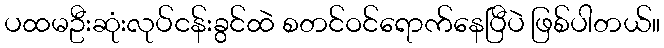
ပထမဦးဆုံးလုပ်ငန်းခွင်ထဲ စတင်ဝင်ရောက်နေပြီပဲ ဖြစ်ပါတယ်။